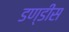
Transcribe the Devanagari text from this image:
डण्डीस